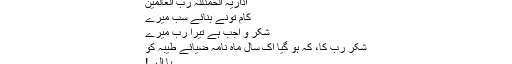
اداریہ الحمدللہ رب العالمین
کام تونے بنائے سب میرے
شکر و اجب ہے تیرا رب میرے
شکر رب کا، کہ ہو گیا اک سال ماہ نامہ ضیائے طیبہ کو
یا الٰہی!